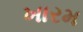
ખારમ